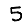
Digit: 5